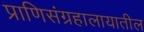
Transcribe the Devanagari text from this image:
प्राणिसंग्रहालायातील